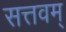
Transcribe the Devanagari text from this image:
सत्तवम्‌